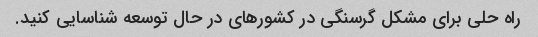
راه حلی برای مشکل گرسنگی در کشورهای در حال توسعه شناسایی کنید.